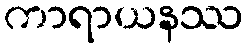
ကာရာယနဿ